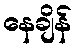
နေချိန်